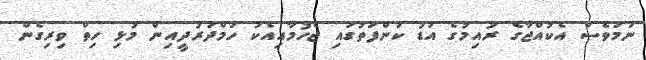
ނަމަވެސް އެކުއްޖާގެ ރުއިމުގެ އަޑު ކަންފަތުގައި ޖެހުމާއިއެކު ހަމްދަރުދީއިން މުޅި ހިތް ވިރިގެން